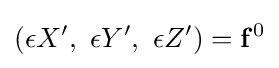
\left(\epsilon X',\ \epsilon Y',\ \epsilon Z'\right)=\mathbf {f} ^{0}